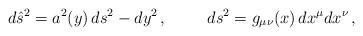
LaTeX: \begin{align*}d\hat{s}^{2} = a^{2}(y)\, ds^{2} -dy^{2}\, ,\hspace{1cm}ds^{2} = g_{\mu\nu}(x)\, dx^{\mu}dx^{\nu}\, ,\end{align*}